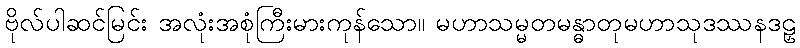
ဗိုလ်ပါဆင်မြင်း အလုံးအစုံကြီးမားကုန်သော။ မဟာသမ္မတမန္ဓာတုမဟာသုဒဿနဒဠှ